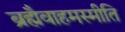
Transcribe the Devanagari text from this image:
ब्रह्मैवाहमस्मीति